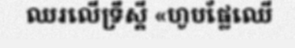
ឈរលើទ្រឹស្តី «ហូបផ្លែឈើ